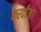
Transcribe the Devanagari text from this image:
करदीअ।